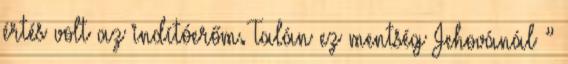
értés volt az indítóerőm. Talán ez mentség Jehovánál ”